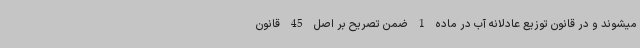
میشوند و در قانون توزیع عادلانه آب در ماده 1 ضمن تصریح بر اصل 45 قانون